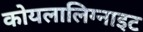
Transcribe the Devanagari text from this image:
कोयलालिग्नाइट